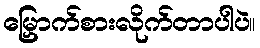
မြှောက်စားလိုက်တာပါပဲ။